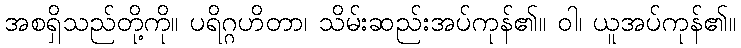
အစရှိသည်တို့ကို။ ပရိဂ္ဂဟိတာ၊ သိမ်းဆည်းအပ်ကုန်၏။ ဝါ၊ ယူအပ်ကုန်၏။